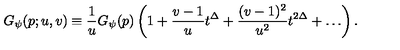
G _ { \psi } ( p ; u , v ) \equiv \frac { 1 } { u } G _ { \psi } ( p ) \left( 1 + \frac { v - 1 } { u } t ^ { \Delta } + \frac { ( v - 1 ) ^ { 2 } } { u ^ { 2 } } t ^ { 2 \Delta } + \ldots \right) .